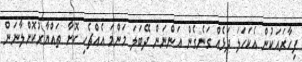
ފިހާރައަކުން އެކަހަލަ ދަޅެެެެެއް ގަނެގެން އަންނަން ދޭބަލަ މަންމަ އެއްޗެހި ކޮށާ ތައްޔާރުކޮށްލާނަން